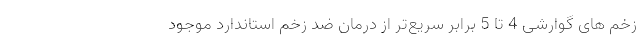
زخم های گوارشی 4 تا 5 برابر سریع‌تر از درمان ضد زخم استاندارد موجود